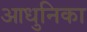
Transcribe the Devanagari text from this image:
आधुनिका